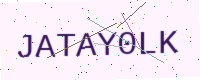
Text: JATAY0LK